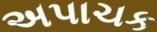
અપાચક